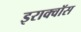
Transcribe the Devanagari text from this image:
इराक्वॉस